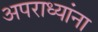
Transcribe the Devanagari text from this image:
अपराध्यांना